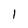
Character: 1